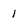
Character: 1